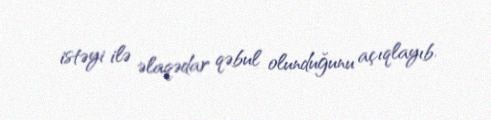
istəyi ilə əlaqədar qəbul olunduğunu açıqlayıb.